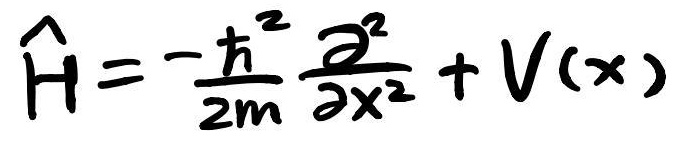
\[ \hat{H} = - \frac{\hbar^2}{2m} \frac{\partial^2}{\partial x^2} + V(x) \]